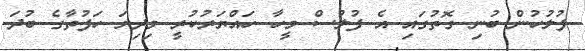
ފުލުހުން ބުނި ގޮތުގައި އެ ފުލުސް މީހާ ހައްޔަރުކުރީ މިދިޔަ ހަފުތާގެ ބުދަ